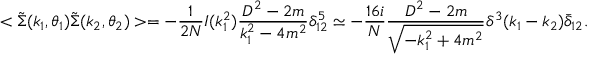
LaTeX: < \tilde { \Sigma } ( k _ { 1 } , \theta _ { 1 } ) \tilde { \Sigma } ( k _ { 2 } , \theta _ { 2 } ) > = - \frac { 1 } { 2 N } I ( k _ { 1 } ^ { 2 } ) \frac { D ^ { 2 } - 2 m } { k _ { 1 } ^ { 2 } - 4 m ^ { 2 } } \delta _ { 1 2 } ^ { 5 } \simeq - \frac { 1 6 i } { N } \frac { D ^ { 2 } - 2 m } { \sqrt { - k _ { 1 } ^ { 2 } + 4 m ^ { 2 } } } \delta ^ { 3 } ( k _ { 1 } - k _ { 2 } ) \bar { \delta } _ { 1 2 } .